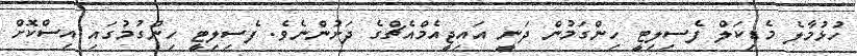
ހުޅުމާލެ މެޑިކަލް ފެސިލިޓީ ހިންގަމުން ދަނީ އައިޖީއެމްއެޗްގެ ދަށުންނެވެ. ފެސިލިޓީ ހިންގުމުގައި އިސްކޮށް